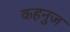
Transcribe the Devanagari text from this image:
कहनुज